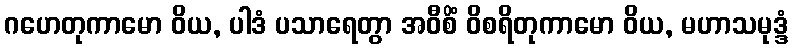
ဂဟေတုကာမော ဝိယ, ပါဒံ ပသာရေတွာ အဝီစိံ ဝိစရိတုကာမော ဝိယ, မဟာသမုဒ္ဒံ